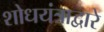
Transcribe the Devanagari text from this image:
शोधयंत्राद्वारे